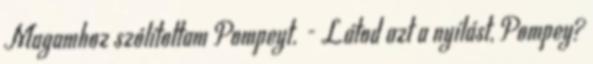
Magamhoz szólítottam Pompeyt. - Látod azt a nyílást, Pompey?